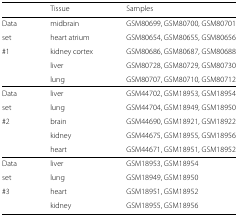
|  | Tissue | Samples |
 | --- | --- | --- |
 | Data | midbrain | GSM80699, GSM80700, GSM80701 |
 | set | heart atrium | GSM80654, GSM80655, GSM80656 |
 | #1 | kidney cortex | GSM80686, GSM80687, GSM80688 |
 |  | liver | GSM80728, GSM80729, GSM80730 |
 |  | lung | GSM80707, GSM80710, GSM80712 |
 | Data | liver | GSM44702, GSM18953, GSM18954 |
 | set | lung | GSM44704, GSM18949, GSM18950 |
 | #2 | brain | GSM44690, GSM18921, GSM18922 |
 |  | kidney | GSM44675, GSM18955, GSM18956 |
 |  | heart | GSM44671, GSM18951, GSM18952 |
 | Data | liver | GSM18953, GSM18954 |
 | set | lung | GSM18949, GSM18950 |
 | #3 | heart | GSM18951, GSM18952 |
 |  | kidney | GSM18955, GSM18956 |